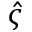
\hat { \varsigma }